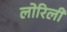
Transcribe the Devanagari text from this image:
लोरिली